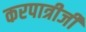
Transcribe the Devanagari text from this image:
करपात्रीजी